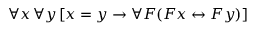
\forall x \, \forall y \, [ x = y \rightarrow \forall F ( F x \leftrightarrow F y ) ]